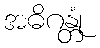
အဓိဂန္တုံ